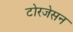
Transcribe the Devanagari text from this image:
टोरजेसन